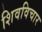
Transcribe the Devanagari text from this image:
शिवविचार